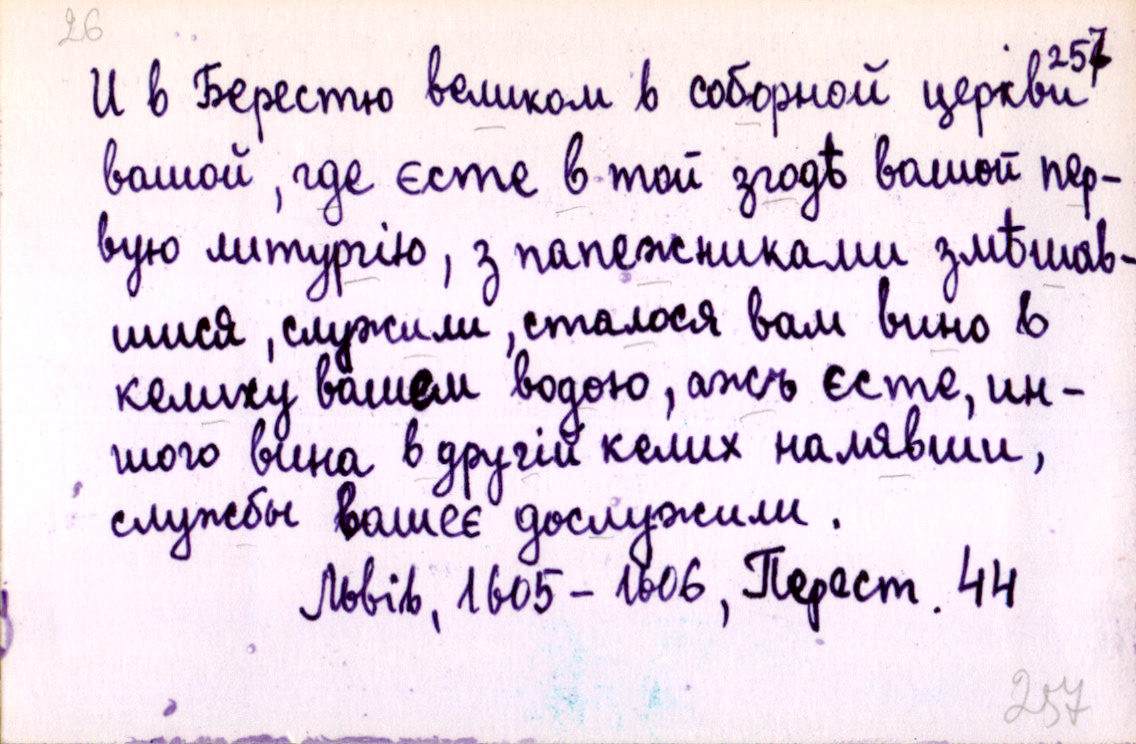
И в Берестю великом в соборной церкви
вашой, где єсте в той згодѣ вашой пер-
вую литургію, з папежниками змѣшав-
шися, служили, сталося вам вино в
келиху вашем водою, ажь єсте, ин-
шого вина в другій келих налявши,
службы вашеє дослужили.
Львів, 1605-1606, Перест. 44